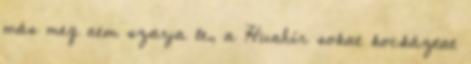
más meg nem szarja le, a Hunhír sokat kockáztat